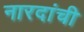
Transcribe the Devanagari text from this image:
नारदांची